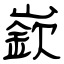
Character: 嶔